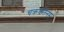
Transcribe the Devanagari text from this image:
चक्रवर्तिनम्